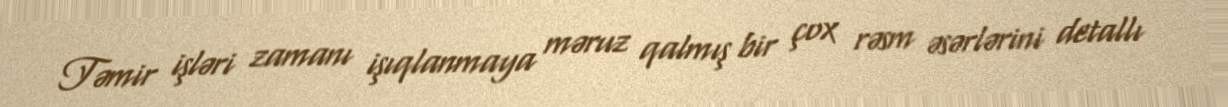
Təmir işləri zamanı işıqlanmaya məruz qalmış bir çox rəsm əsərlərini detallı